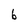
Character: b